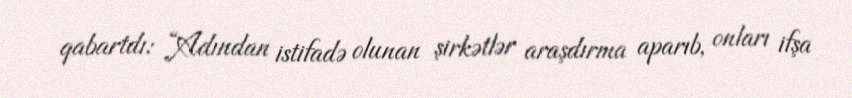
qabartdı: “Adından istifadə olunan şirkətlər araşdırma aparıb, onları ifşa